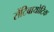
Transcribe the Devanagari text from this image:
सेंटिबायोटिक